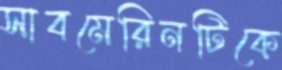
সাবমেরিনটিকে